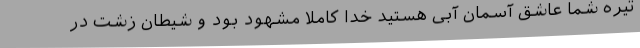
تیره شما عاشق آسمان آبی هستید خدا کاملاً مشهود بود و شیطان زشت در